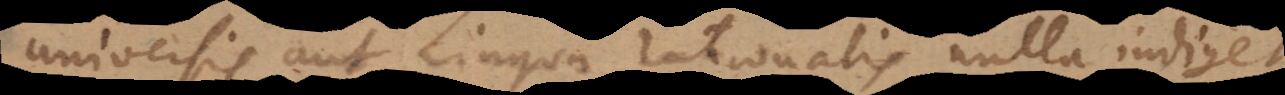
univers[al]is aut Lingua rationalis nulla indiget